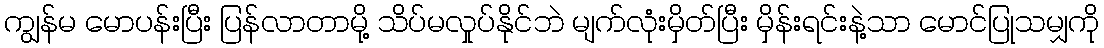
ကျွန်မ မောပန်းပြီး ပြန်လာတာမို့ သိပ်မလှုပ်နိုင်ဘဲ မျက်လုံးမှိတ်ပြီး မှိန်းရင်းနဲ့သာ မောင်ပြုသမျှကို